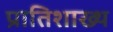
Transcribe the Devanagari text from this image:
प्रातिशाख्थ